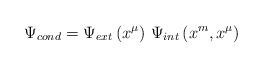
LaTeX: \begin{align*}\Psi _{cond}=\Psi _{ext}\left( x^{\mu }\right) \,\Psi _{int}\left(x^{m},x^{\mu }\right)\end{align*}